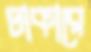
ঢাকারে